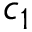
c _ { 1 }